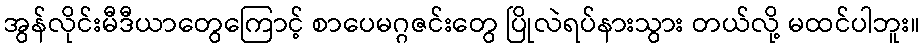
အွန်လိုင်းမီဒီယာတွေကြောင့် စာပေမဂ္ဂဇင်းတွေ ပြိုလဲရပ်နားသွား တယ်လို့ မထင်ပါဘူး။